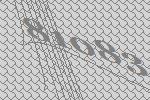
81083